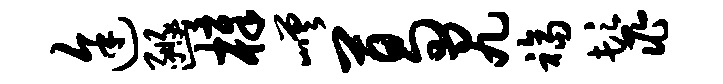
途豳樟嵯葛尻福鬣